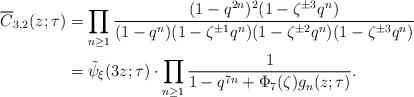
LaTeX: \begin{align*}\overline{C}_{3,2}(z; \tau) &= \prod_{n \geq 1} \frac{(1-q^{2n})^2 (1-\zeta^{\pm 3}q^n)}{(1-q^n)(1-\zeta^{\pm1} q^n)(1-\zeta^{\pm2} q^n)(1-\zeta^{\pm3} q^n)} \\&= \tilde{\psi}_{\xi}(3z; \tau) \cdot \prod_{n \geq 1} \frac{1}{1-q^{7n} + \Phi_{7}(\zeta)g_{n}(z; \tau)}.\end{align*}